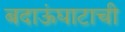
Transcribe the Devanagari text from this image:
बदाऊंघाटाची